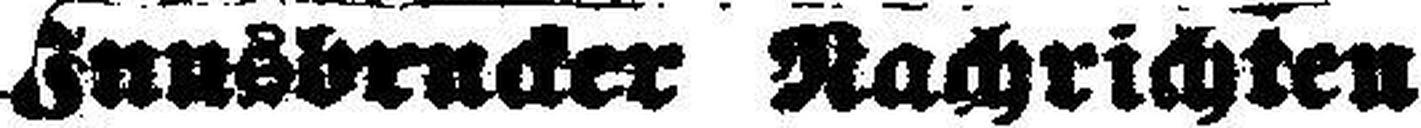
Innsbrucker Nachrichten